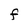
Character: F